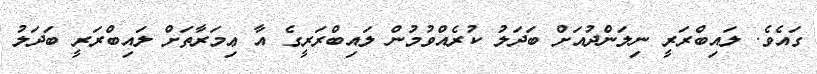
ގައެވެ. ލައިބްރަރީ ނިލަންދުއަށް ބަދަލު ކުރެއްވުމުން ލައިބްރަރީގެ އާ ޢިމަރާތަށް ލައިބްރަރީ ބަދަލު